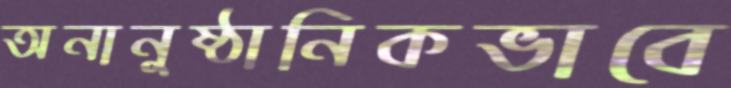
অনানুষ্ঠানিকভাবে